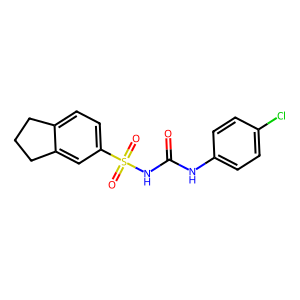
SMILES: O=C(Nc1ccc(Cl)cc1)NS(=O)(=O)c1ccc2c(c1)CCC2
Inhibits HIV replication: No